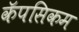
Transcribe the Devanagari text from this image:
कॅपसिकम